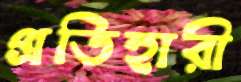
প্রতিহারী